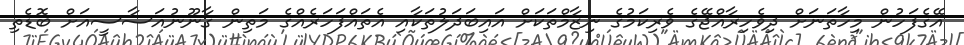
އޭގެފަހުން މިހާތަނަށް ދިވެހިރާއްޖޭގެ ވެރިކަމުގެ ނިޒާމްތަކަށް އައިބަދަލުތަކާއި އެތައްފަހަރެއްގެ މަތިން ގާނޫނުއަސާސީއަށް ބޮޑެތި